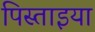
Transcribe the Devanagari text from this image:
पिस्ताइया